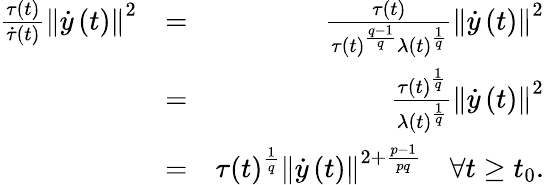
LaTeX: \begin{array}{rlr}{\frac{\tau\left(t\right)}{\dot{\tau}\left(t\right)}\left\lVert\dot{y}\left(t\right)\right\rVert^{2}}&{=}&{\frac{\tau(t)}{\tau(t)^{\frac{q-1}{q}}\lambda(t)^{\frac{1}{q}}}\left\lVert\dot{y}\left(t\right)\right\rVert^{2}}\\ &{=}&{\frac{\tau(t)^{\frac{1}{q}}}{\lambda(t)^{\frac{1}{q}}}\left\lVert\dot{y}\left(t\right)\right\rVert^{2}}\\ &{=}&{\tau(t)^{\frac{1}{q}}\left\lVert\dot{y}\left(t\right)\right\rVert^{2+\frac{p-1}{pq}}\quad\forall t\geq t_{0}.}\end{array}